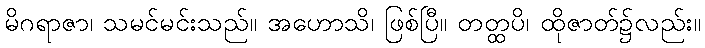
မိဂရာဇာ၊ သမင်မင်းသည်။ အဟောသိ၊ ဖြစ်ပြီ။ တတ္ထပိ၊ ထိုဇာတ်၌လည်း။